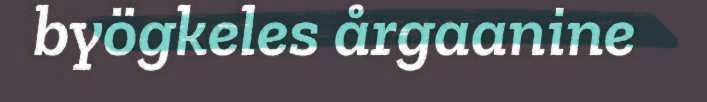
byögkeles årgaanine